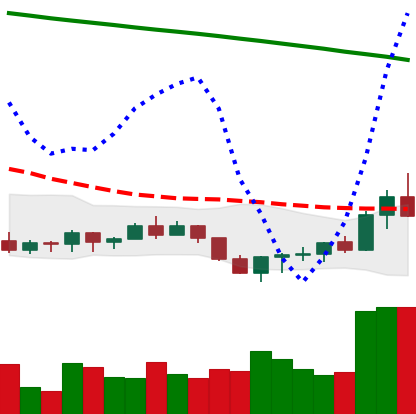
Ticker: ADA-USD
Chart end date: 2022-07-20
Forward return: -3.013%
Label: down_3_5